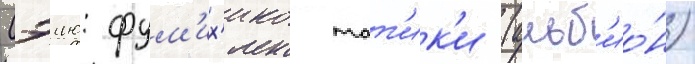
Сэию: фум'их'ико тат'ик'и (альб'ио́н)